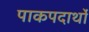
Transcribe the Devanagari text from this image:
पाकपदार्थो